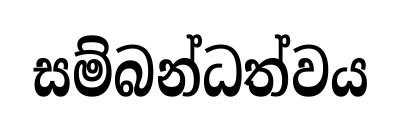
සම්බන්ධත්වය